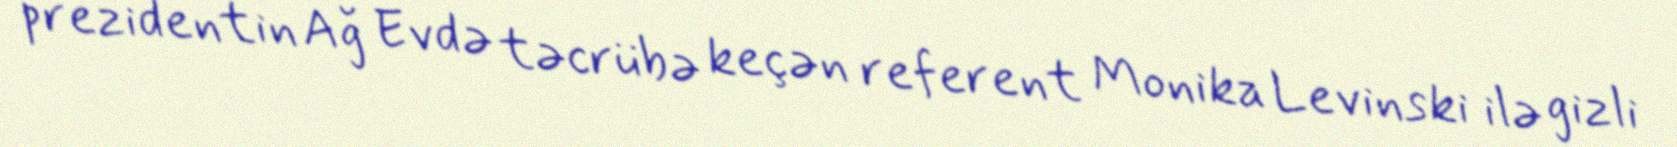
prezidentin Ağ Evdə təcrübə keçən referent Monika Levinski ilə gizli